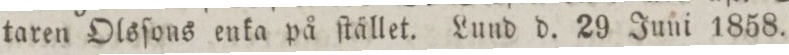
taren Olsſons enka på ſtället. Lund d. 29 Juni 1858.